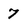
Character: 7